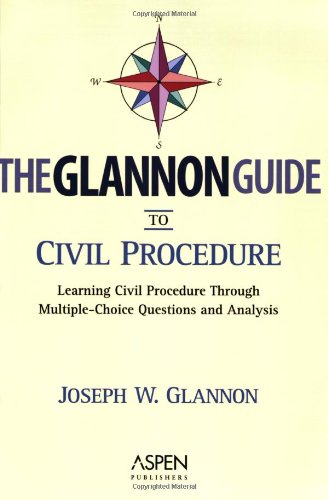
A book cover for The Glannon Guide to Civil Procedure: Learning Civil Procedure Through Multiple-Choice Questions and Analysis; Joseph W. Glannon; Law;